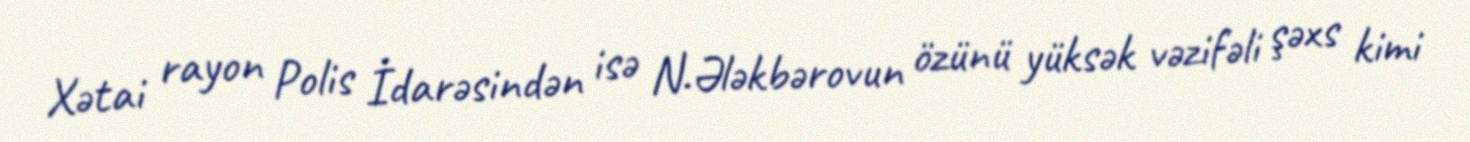
Xətai rayon Polis İdarəsindən isə N.Ələkbərovun özünü yüksək vəzifəli şəxs kimi